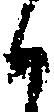
く